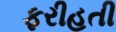
ફરીહતી